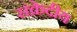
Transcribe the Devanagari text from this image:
संक्रेदीय